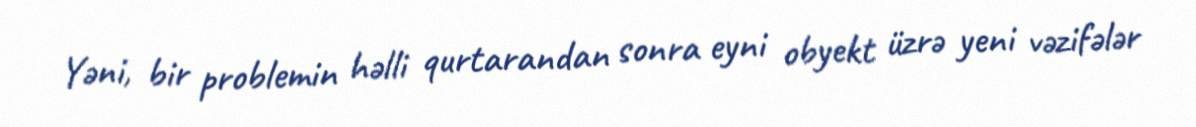
Yəni, bir problemin həlli qurtarandan sonra eyni obyekt üzrə yeni vəzifələr